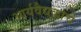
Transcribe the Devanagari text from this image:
आर्यवैद्यकाचे